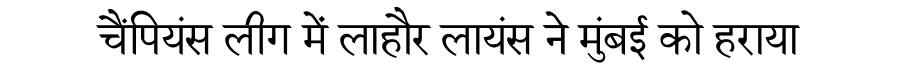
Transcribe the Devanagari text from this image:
चैंपियंस लीग में लाहौर लायंस ने मुंबई को हराया